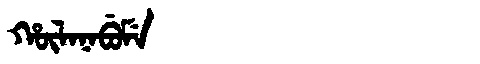
Manchu: ᡥᡡᠯᠠᠨᠠᠪᡠᠮᡝ
Romanization: HŪLANABUME